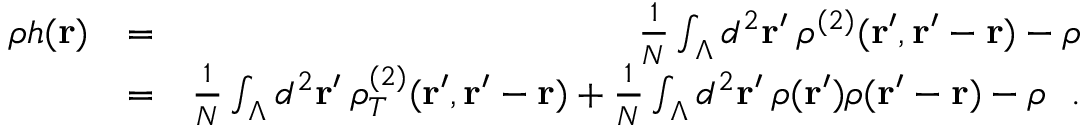
\begin{array} { r l r } { \rho h ( { \bf r } ) } & { = } & { \frac { 1 } { N } \int _ { \Lambda } d ^ { 2 } { \bf r } ^ { \prime } \: \rho ^ { ( 2 ) } ( { \bf r } ^ { \prime } , { \bf r } ^ { \prime } - { \bf r } ) - \rho } \\ & { = } & { \frac { 1 } { N } \int _ { \Lambda } d ^ { 2 } { \bf r } ^ { \prime } \: \rho _ { T } ^ { ( 2 ) } ( { \bf r } ^ { \prime } , { \bf r } ^ { \prime } - { \bf r } ) + \frac { 1 } { N } \int _ { \Lambda } d ^ { 2 } { \bf r } ^ { \prime } \: \rho ( { \bf r } ^ { \prime } ) \rho ( { \bf r } ^ { \prime } - { \bf r } ) - \rho ~ ~ . } \end{array}